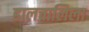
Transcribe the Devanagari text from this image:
हालचालिला